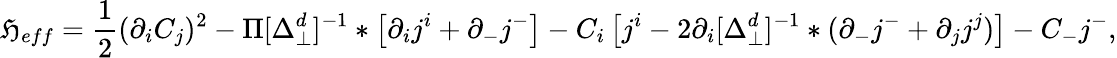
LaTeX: {\cal\mathfrak{H}}_{eff}=\frac{1}{2}(\partial_{i}C_{j})^{2}-\Pi[\Delta_{\perp}^{d}]^{-1}*\left[\partial_{i}j^{i}+\partial_{-}j^{-}\right]-C_{i}\left[j^{i}-2\partial_{i}[\Delta_{\perp}^{d}]^{-1}*(\partial_{-}j^{-}+\partial_{j}j^{j})\right]-C_{-}j^{-},